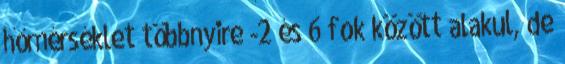
hőmérséklet többnyire -2 és 6 fok között alakul, de